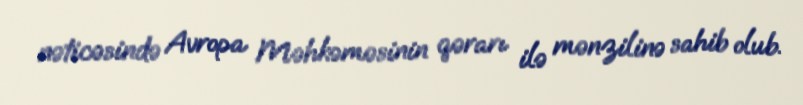
nəticəsində Avropa Məhkəməsinin qərarı ilə mənzilinə sahib olub.